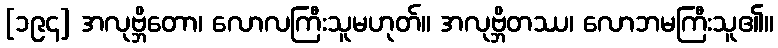
[၁၉၄] အလုဗ္ဘိတော၊ လောလကြီးသူမဟုတ်။ အလုဗ္ဘိတဿ၊ လောဘမကြီးသူ၏။